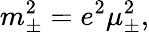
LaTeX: m_{\pm}^{2}=e^{2}\mu_{\pm}^{2},